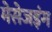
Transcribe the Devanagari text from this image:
मेसेजइंग